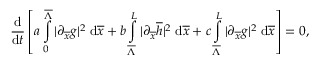
\frac { \mathrm { d } } { \mathrm { d } t } \left[ a \int \displaylimits _ { 0 } ^ { \overline { { \Lambda } } } { | \partial _ { \overline { { x } } } g | ^ { 2 } \; \mathrm { d } \overline { { x } } } + b \int \displaylimits _ { \overline { { \Lambda } } } ^ { L } { | \partial _ { \overline { { x } } } \overline { { h } } | ^ { 2 } \; \mathrm { d } \overline { { x } } } + c \int \displaylimits _ { \overline { { \Lambda } } } ^ { L } { | \partial _ { \overline { { x } } } g | ^ { 2 } \; \mathrm { d } \overline { { x } } } \right] = 0 ,